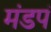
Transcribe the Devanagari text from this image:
मंडपं